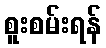
စူးစမ်းရန်